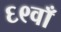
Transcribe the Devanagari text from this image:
६९वाँ